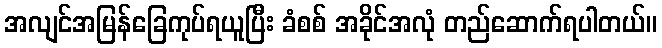
အလျင်အမြန်ခြေကုပ်ရယူပြီး ခံစစ် အခိုင်အလုံ တည်ဆောက်ရပါတယ်။